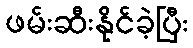
ဖမ်းဆီးနိုင်ခဲ့ပြီး